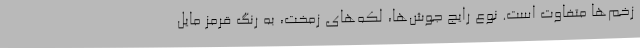
زخم‌ها متفاوت است. نوع رایج جوش‌ها، لکه‌های زمخت، به رنگ قرمز مایل